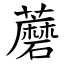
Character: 蘑